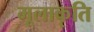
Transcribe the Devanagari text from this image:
मूलाकृति